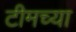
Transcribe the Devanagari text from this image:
टीमच्या